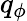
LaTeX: q_{\phi}